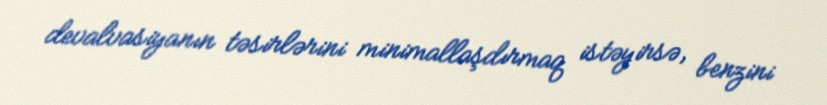
devalvasiyanın təsirlərini minimallaşdırmaq istəyirsə, benzini